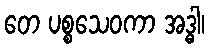
တေ ပစ္စသေဝကာ အဒ္ဓါ၊